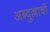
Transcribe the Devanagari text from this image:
अब्दुल्लाची